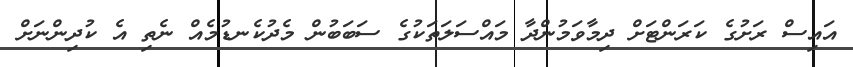
އައިސް ރަށުގެ ކަރަންޓަށް ދިމާވަމުންދާ މައްސަލަތަކުގެ ސަބަބުން މެދުކެނޑުމެއް ނެތި އެ ކުދިންނަށް